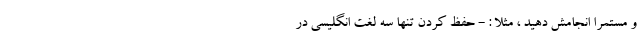
و مستمراً انجامش دهید ، مثلاً : - حفظ کردن تنها سه لغت انگلیسی در